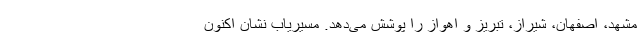
مشهد، اصفهان، شیراز، تبریز و اهواز را پوشش می‌دهد. مسیریاب نشان اکنون